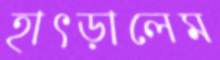
হাৎড়ালেম